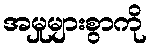
အမှုများစွာကို